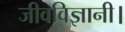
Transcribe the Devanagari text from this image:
जीवविज्ञानी।